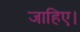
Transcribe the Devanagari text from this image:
जाहिए।